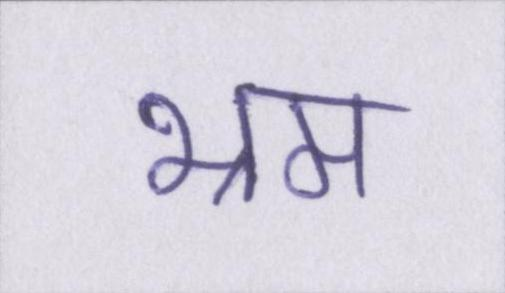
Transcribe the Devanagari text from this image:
भ्रम